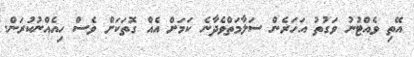
އޭތި ވެއްޓުނު ވަގުތު އަހަރެން ސަލާމަތްވެދާނެ ކަމަށް އެއް ގޮތަކަށް ވެސް ހިއެއްނުކުރަން.